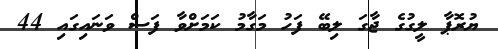
ޔުރޮޕާ ލީގުގެ ޖާގަ ލިބޭ ފަހު މަގާމު ކަމަށްވާ ފަސް ވަނައިގައި 44